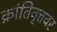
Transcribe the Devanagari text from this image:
क्रांतिवृत्तवर